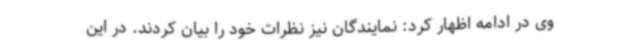
وی در ادامه اظهار کرد: نمایندگان نیز نظرات خود را بیان کردند. در این